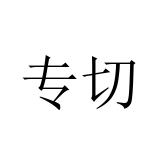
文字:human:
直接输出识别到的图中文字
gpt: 专切